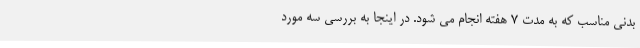
بدنی مناسب که به مدت ۷ هفته انجام می شود. در اینجا به بررسی سه مورد